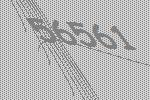
56561